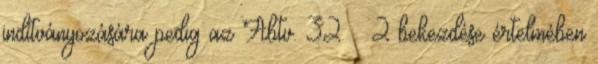
indítványozására pedig az Abtv. 32. § 2 bekezdése értelmében